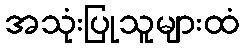
အသုံးပြုသူများထံ